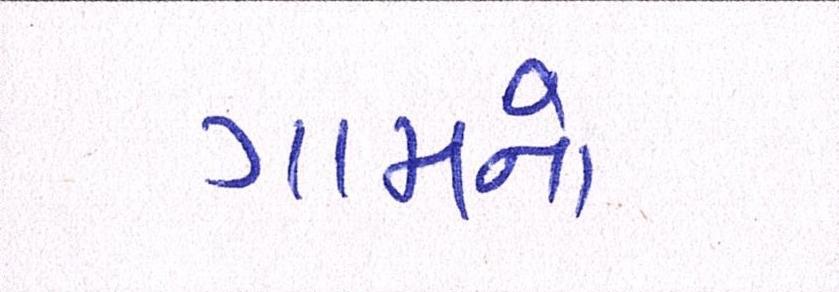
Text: ગામનો